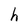
Character: h